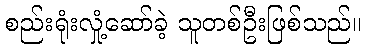
စည်းရုံးလှုံ့ဆော်ခဲ့ သူတစ်ဦးဖြစ်သည်။